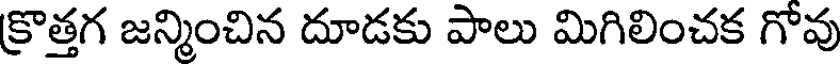
క్రొత్తగ జన్మించిన దూడకు పాలు మిగిలించక గోవు